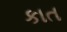
કાત